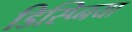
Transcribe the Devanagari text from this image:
डिस्प्निया